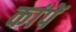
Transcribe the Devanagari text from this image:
कांपें